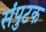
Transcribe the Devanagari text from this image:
संपुटक